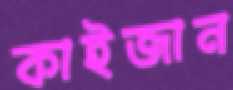
কাইজান